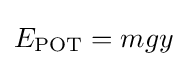
E_{\mathrm {POT} }=mgy